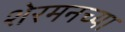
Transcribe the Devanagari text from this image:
शेरमनच्या